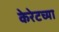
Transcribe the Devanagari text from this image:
केरेटच्या